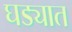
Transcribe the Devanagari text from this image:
घड्यात